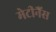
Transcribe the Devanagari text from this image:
मेटीनैंस